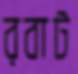
রবাট